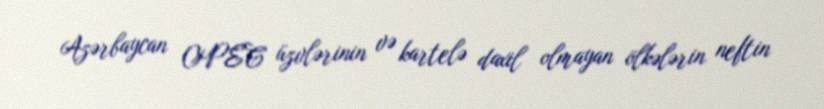
Azərbaycan OPEC üzvlərinin və kartelə daxil olmayan ölkələrin neftin